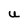
Character: U